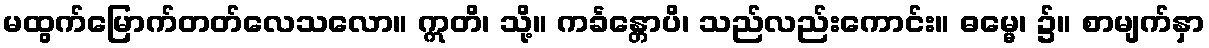
မထွက်မြောက်တတ်လေသလော။ ဣတိ၊ သို့။ ကင်္ခန္တောပိ၊ သည်လည်းကောင်း။ ဓမ္မေ၊ ၌။ စာမျက်နှာ